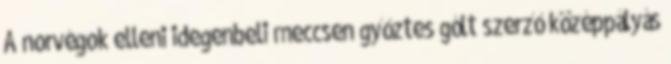
A norvégok elleni idegenbeli meccsen győztes gólt szerző középpályás